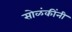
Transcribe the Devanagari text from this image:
सोळंकींनी